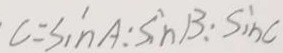
C = \sin A : \sin B : \sin C